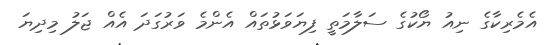
އެމެރިކާގެ ނިއު ޔޯކުގެ ސަލާމަތީ ފިޔަވަޅުތައް އެންމެ ވަރުގަދަ އެއް ޖަލު މިދިޔަ